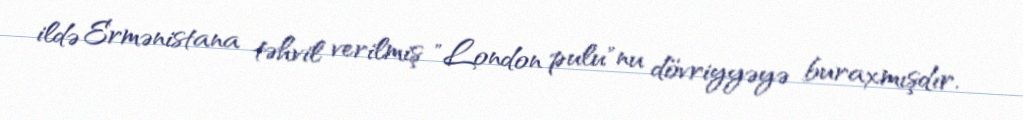
ildə Ermənistana təhvil verilmiş "London pulu"nu dövriyyəyə buraxmışdır.